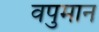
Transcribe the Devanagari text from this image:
वपुमान